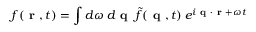
f ( \textbf { r } , t ) = \int d \omega \: d \textbf { q } \: \tilde { f } ( \textbf { q } , t ) \: e ^ { i \textbf { q } \cdot \textbf { r } + \omega t }